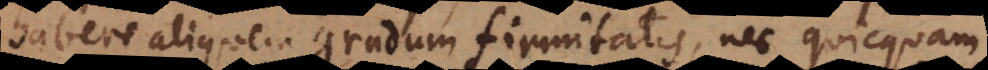
habere aliquem gradum firmitatis, nec quicquam